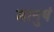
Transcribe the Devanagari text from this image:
मानुषं